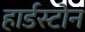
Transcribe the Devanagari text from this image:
हार्डस्टोन